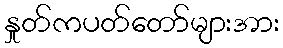
နှုတ်ကပတ်တော်များအား